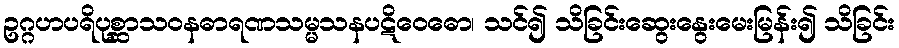
ဥဂ္ဂဟပရိပုစ္ဆာသဝနဓာရဏသမ္မသနပဋိဝေဓော၊ သင်၍ သိခြင်းဆွေးနွေးမေးမြန်း၍ သိခြင်း